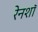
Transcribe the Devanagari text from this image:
रेनशॉ